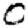
Digit: 0